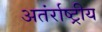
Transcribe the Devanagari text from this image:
अतंर्राष्ट्रीय